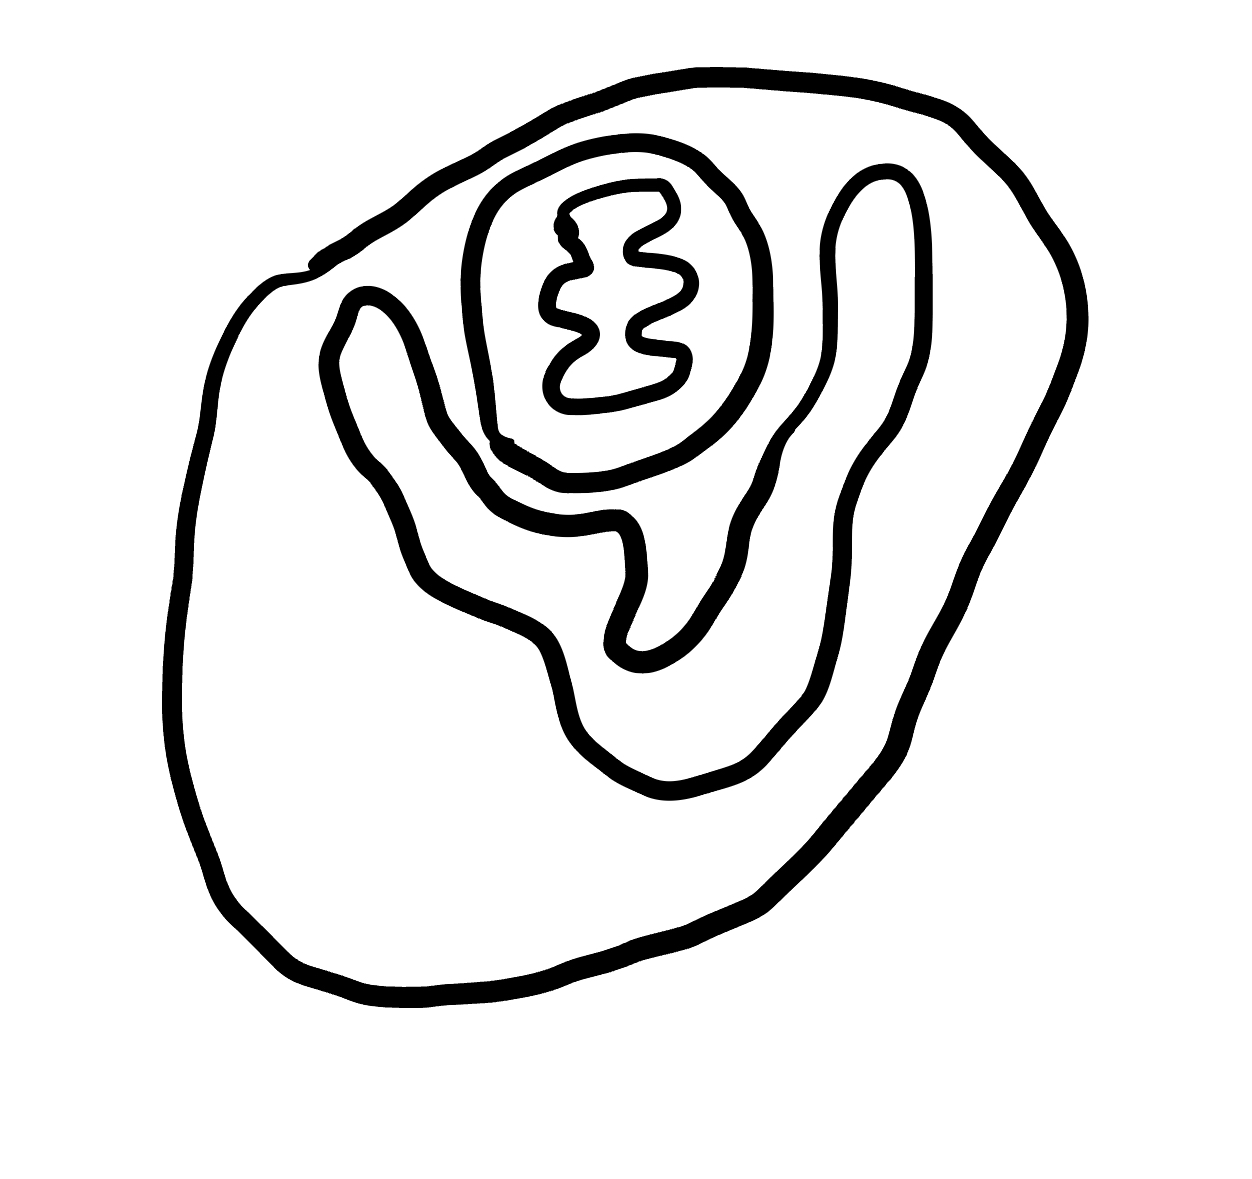
Number of regions (including the outer root region): 5
Containment tree edges (parent, child): 0, 1, 1, 2, 1, 3, 3, 4